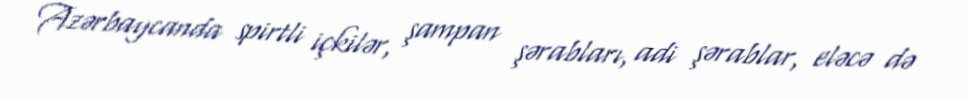
Azərbaycanda spirtli içkilər, şampan şərabları, adi şərablar, eləcə də